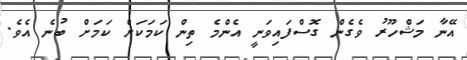
އޭނާ މަޝްހޫރު ވެގެން ގޮސްފައިވަނީ އެންމެ ތިން ކަމަކަށް ކަމަށް ބުނެ އެވެ.